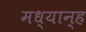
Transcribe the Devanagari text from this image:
मध्‍यान्‍ह